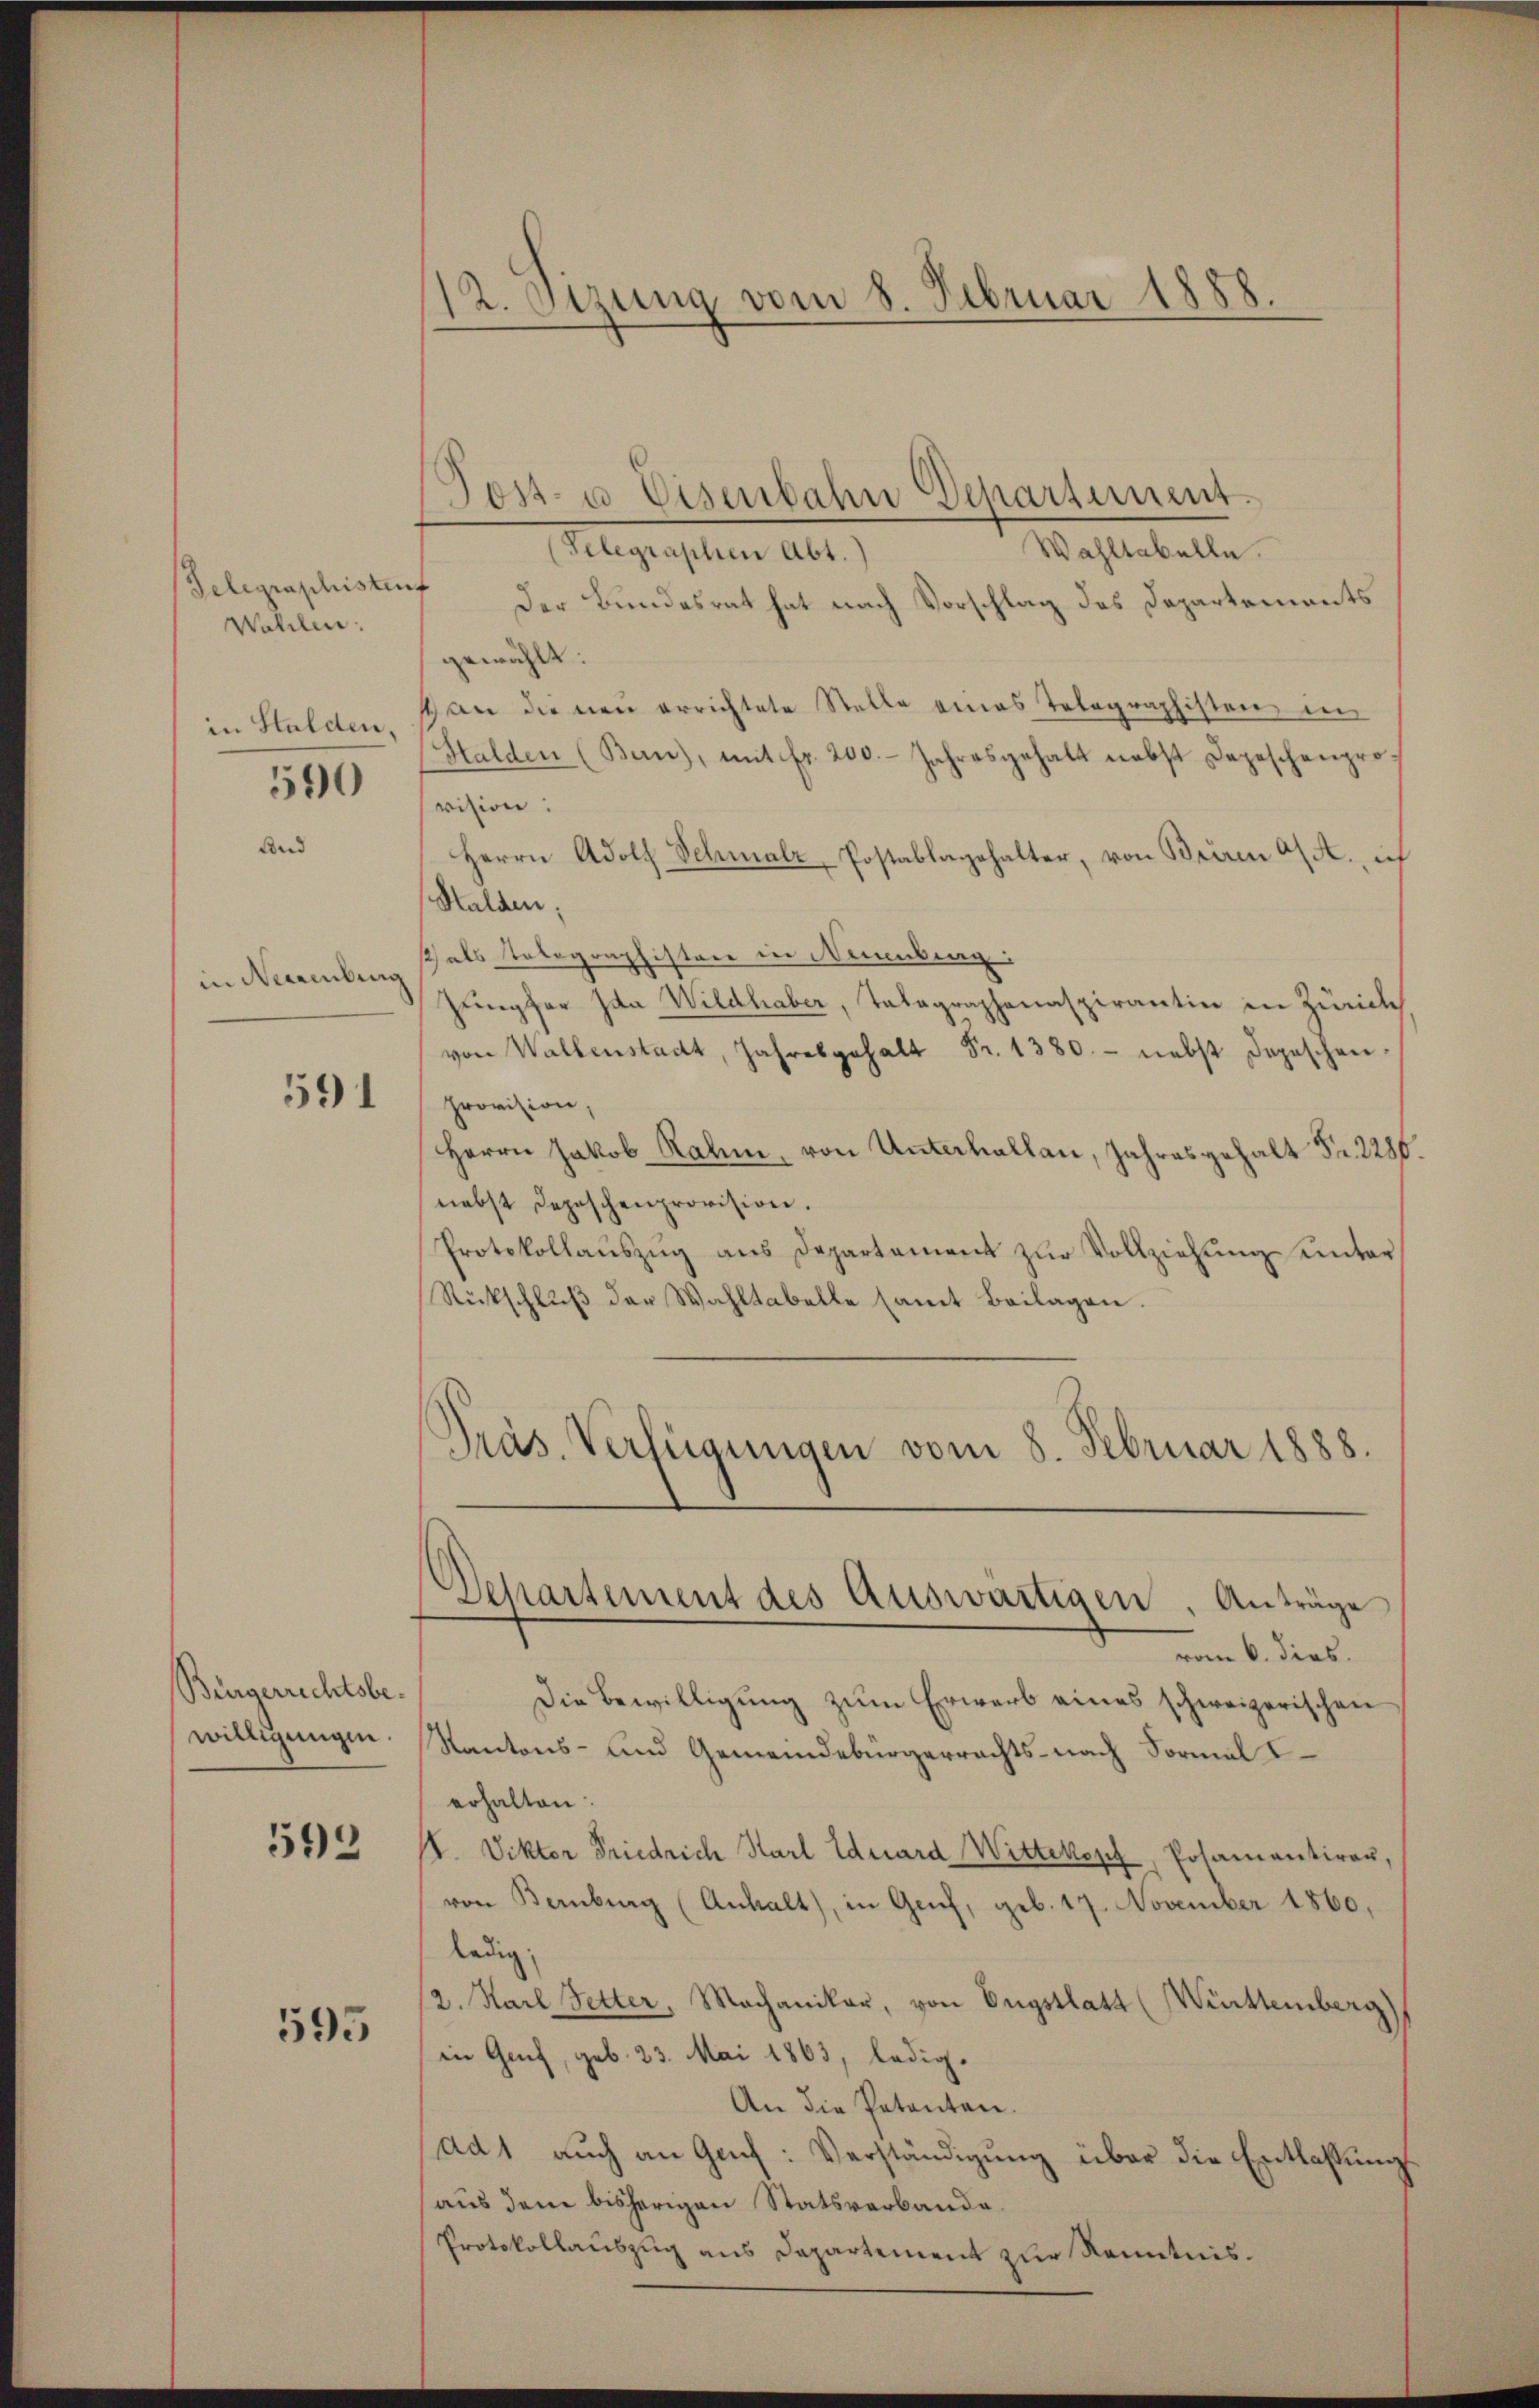
Telegraphisten
Wahlen:
in Stalden,
590

in Neuenburg

591

Bürgerrechtsbewilligungen.

592

595

12. Otzung vom 8. Februar 1888.
e

Post- u. Eisenbahn Departement.
Wahltabelle.
Telegraphen Abt.)
) Der Bundesrat hat nach Vorschlag des Departements
gewählt:
1 an die neu errichtete Stelle eines Telegraphisten, in
Halden (Ban), mit fr. 200. Jahresgehalt nebst Depeschenprovision:
Herrn Adolf Schmalz, Postablagehalter, von Briren a/A., ich
Stalden,
sch als Totographisten in Neuenburg:
Zümpfer Ida Wildhaber, Talagraphanaspirantin in Zürich
von Wallenstadt, Jahresgehalt Fr. 1380 - nebst Depeschen
Provision,
Herrn Jakob Rahm, von Unterhallen, Jahresgehalt Fr. 2286.
nebst Depeschenprovision.
Protokollaŭszŭg ans Departament zur Vollziehung unter
Rückschluß der Wahltabelle samt Beilagen.
Präs. Verfügungen vom 8. Februar 1888.
Departement des Auswärtigen. Anträge
vom 6. dies.
Die Bewilligung zum Erwarb eines schweizerischen
Kantons- und Gemeindebürgerrechts- nach Formal
erhalten:
. Viktor Friedrich Karl Eduard Wittwoch, Posamantiren,
von Bernburg (Anhalt, in Genf, geb. 17. November 1860.
ledig,
2. Karl Fetter, Machaniker, von Engstlatt (Württemberg
in Greif, geb. 23. Mai 1863, ledig¬
An die Petenten.
ad1 auch an Gach: Verständigung über die Entlassung
aus dem bisherigen Statsverbande.
Protokollauszug aus Departement zur Kenntnis.